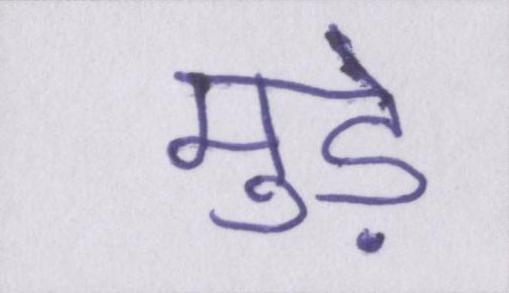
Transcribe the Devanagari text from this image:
मुड़े